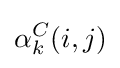
\alpha _{k}^{C}(i,j)